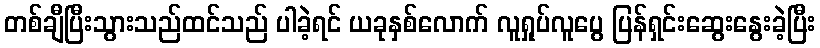
တစ်ချီပြီးသွားသည်ထင်သည် ပါခဲ့ရင် ယခုနှစ်လောက် လူရှုပ်လူပွေ ပြန်ရှင်းဆွေးနွေးခဲ့ပြီး